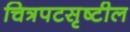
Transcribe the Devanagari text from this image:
चित्रपटसृष्टील